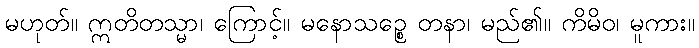
မဟုတ်။ ဣတိတသ္မာ၊ ကြောင့်။ မနောသဉ္စေ တနာ၊ မည်၏။ ကိမိဝ၊ မူကား။